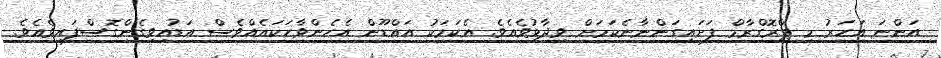
އަންނަ އަހަރު މި ޕްރޮގްރާމް ފަށައިގަންނާނެކަމަށް ވިދާޅުވެއެވެ. އެކަމަކު އައްޑޫން އެހެންވާހަކައެއްވެސް އަޑުއިވިގެންގޮސްފައިވެއެވެ.